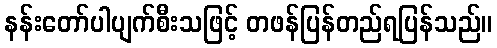
နန်းတော်ပါပျက်စီးသဖြင့် တဖန်ပြန်တည်ရပြန်သည်။